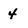
Character: 4